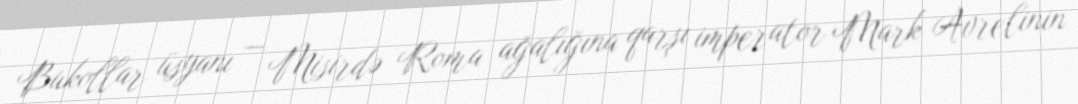
Bukollar üsyanı — Misirdə Roma ağalığına qarşı imperator Mark Avrelinin